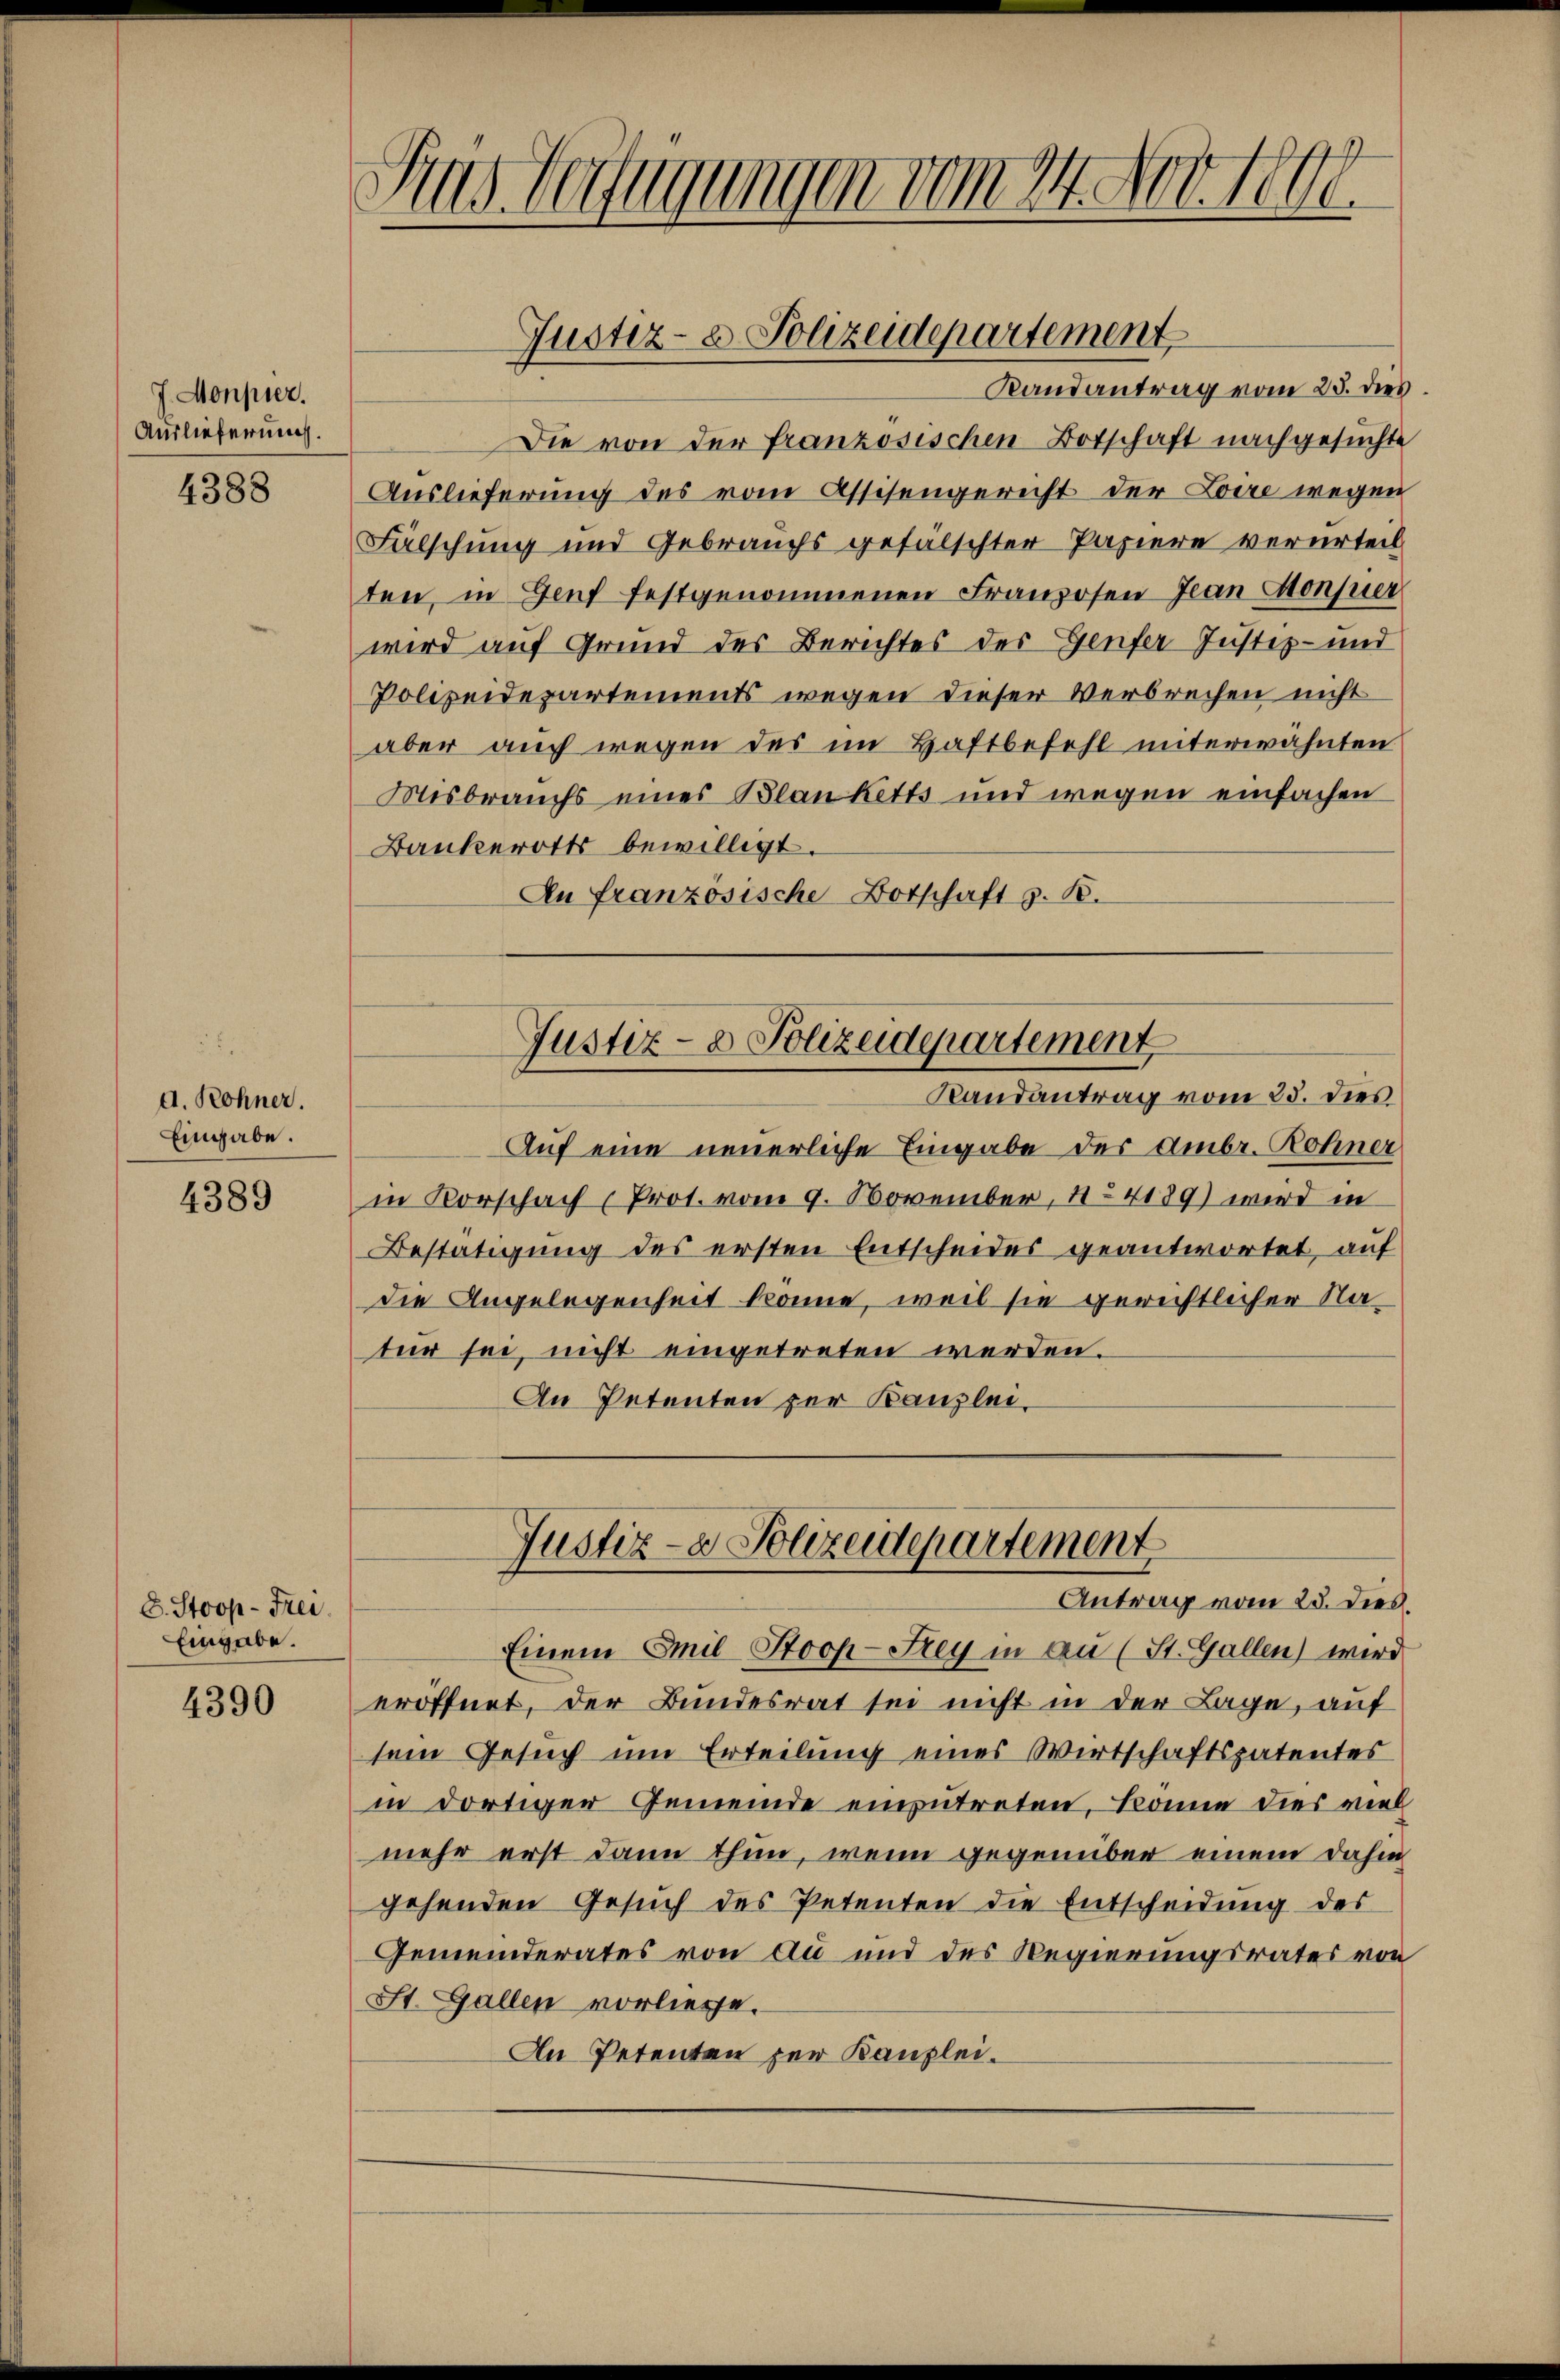
J. Monpier.
Auslieferung.

4388

d. Rohner.
Eingabe.

4389

8. Stoop-Frei
Eingabe.

4390

Aus Verfügungen vom 24. Nov. 1890.

Randantrag vom 25. dies
Die von der französischen Botschaft nachgesuchte
Auslieferung des vom Assisengericht der Loise wegen
Fälschung und Gebrauchs gefälschter Papiere verurteil
ten, in Genf festgenommenen Franzosen Jean Monsuer
wird auf Grund des Berichtes des Genfer Justiz- und
Polizeidepartements wegen dieser Verbrechen nicht
aber auch wegen des im Haftbefehl miterwähnten
Misbrauchs eines Blanketts und wegen einfachen
Bankerotts bewilligt.
An französische Botschaft z. B.

Justiz- & Polizeidepartement

Justiz- & Polizeidepartement
Randantrag vom 25. dies

Justiz- & Polizeidepartement
Antrag vom 23. dies

Auf eine neuerliche Eingabe der Ambr. Rohner
in Vorschach (Prot. vom 9. November, 4. 4189) wird in
Bestätigung des ersten Entscheides geantwortet, auf
die Angelegenheit könne, weil sie gerichtlicher Natur sei, nicht eingetreten werden.
An Petenten zur Kanzlei.

Einem Emil Stooh-Sey in an (St. Gallen) wird
eröffnet, der Bundesrat sei nicht in der Lage, auf
sem Gesuch um Erteilung eines Wirtschaftspatentes
in dortiger Gemeinde einzutreten, könne dies viel
mehr erst dann thun, wenn gegenüber einem dahin
gehenden Gesŭch des Petenten die Entscheidung des
Gemeinderates von du und des Regierungsrates von
St. Gallen vorliesse.
An Petenten zur Kanzlei¬